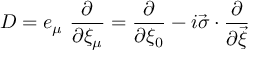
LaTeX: D = e _ { \mu } ~ \frac { \partial } { \partial \xi _ { \mu } } = \frac { \partial } { \partial \xi _ { 0 } } - i \vec { \sigma } \cdot \frac { \partial } { \partial \vec { \xi } }